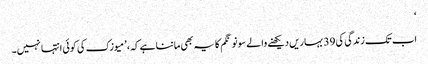
‘
اب تک زندگی کی 39 بہاریں دیکھنے والے سونو نگم کا یہ بھی ماننا ہے کہ، ’میوزک کی کوئی انتہا نہیں۔